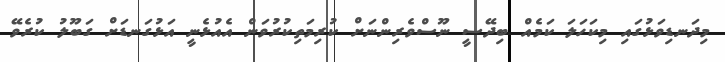
މިދަނޑިވަޅުގައި މިކަހަލަ ކަމެއް ބިދޭސީ ނޫސްވެރިންނަށް ކުރިމަތިކުރުވަން އެއުޅެނީ އަޅުގަނޑަށް ގަބޫލު ކުރެވޭ